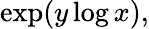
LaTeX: \exp(y\log x),